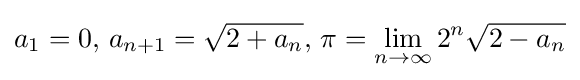
a_{1}=0,\,a_{n+1}={\sqrt {2+a_{n}}},\,\pi =\lim _{n\to \infty }2^{n}{\sqrt {2-a_{n}}}